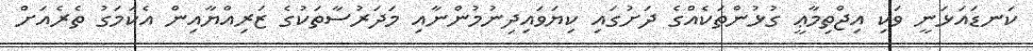
ކަނޑައަޅަނީ ވަކި އިޖްތިމާޢީ ގުޅުންތަކެއްގެ ދަށުގައި ކިޔަވައިދިނުމުންނާއި މަދަރުސާތަކުގެ ޒަރިއްޔާއިން އެކަމަގު ތެރެއަށް